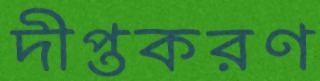
দীপ্তকরণ